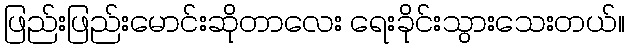
ဖြည်းဖြည်းမောင်းဆိုတာလေး ရေးခိုင်းသွားသေးတယ်။